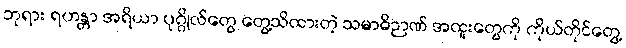
ဘုရား ရဟန္တာ အရိယာ ပုဂ္ဂိုလ်တွေ တွေ့သိထားတဲ့ သမာဓိဉာဏ် အထူးတွေကို ကိုယ်တိုင်တွေ့